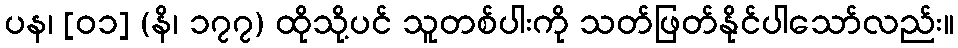
ပန၊ [၀၁] (နိ၊ ၁၇၇) ထိုသို့ပင် သူတစ်ပါးကို သတ်ဖြတ်နိုင်ပါသော်လည်း။